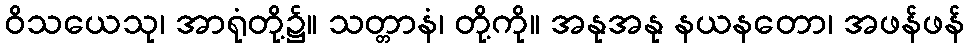
ဝိသယေသု၊ အာရုံတို့၌။ သတ္တာနံ၊ တို့ကို။ အနုအနု နယနတော၊ အဖန်ဖန်